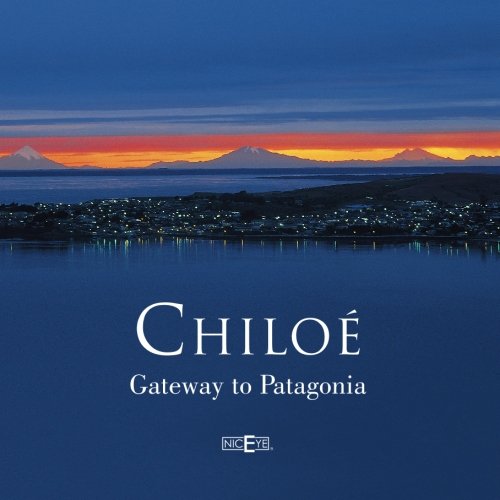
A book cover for ChiloÃ©, Gateway to Patagonia; Paula Gonzalez; Travel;